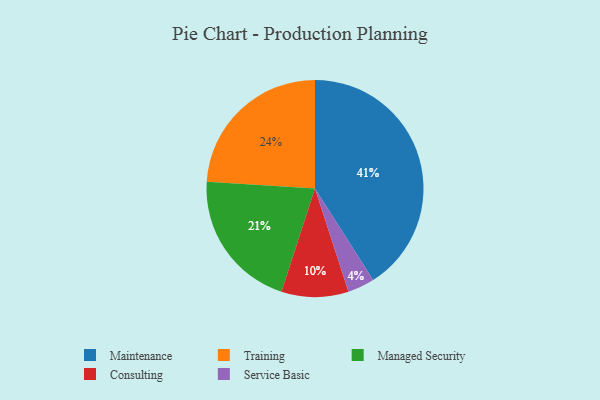
{"axis": {"x": "Category", "y": "Percentage"}, "legend": ["Consulting", "Maintenance", "Managed Security", "Service Basic", "Training"], "data": [{"x": "Maintenance", "y": 41, "type": "Maintenance"}, {"x": "Service Basic", "y": 4, "type": "Service Basic"}, {"x": "Consulting", "y": 10, "type": "Consulting"}, {"x": "Training", "y": 24, "type": "Training"}, {"x": "Managed Security", "y": 21, "type": "Managed Security"}]}